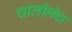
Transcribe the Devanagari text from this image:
चालीनेच